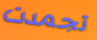
تجمدت